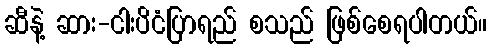
ဆီနဲ့ ဆား-ငါးပိငံပြာရည် စသည် ဖြစ်စေရပါတယ်။